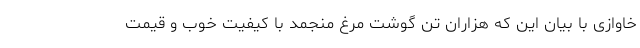
خاوازی با بیان این که هزاران تن گوشت مرغ منجمد با کیفیت خوب و قیمت